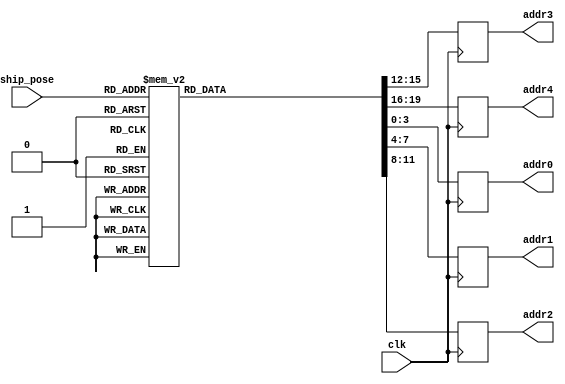
module check_projectile(
    input clk,
    input wire [3:0] ship_pose,
    output reg [3:0] addr0,
    output reg [3:0] addr1,
    output reg [3:0] addr2,
    output reg [3:0] addr3,
    output reg [3:0] addr4
);

always @(posedge clk) begin
    case(ship_pose)
        4'd0: begin
            addr0 <= 4'd15 ; // -1 (wrap around)
            addr1 <= 4'd0;   // itself
            addr2 <= 4'd1;   // +1
            addr3 <= 4'd14;  // -2 (wrap around)
            addr4 <= 4'd2;   // +2
        end
        4'd1: begin
            addr0 <= 4'd0;   // -1
            addr1 <= 4'd1;   // itself
            addr2 <= 4'd2;   // +1
            addr3 <= 4'd15;  // -2 (wrap around)
            addr4 <= 4'd3;   // +2
        end
        4'd2: begin
            addr0 <= 4'd1;   // -1
            addr1 <= 4'd2;   // itself
            addr2 <= 4'd3;   // +1
            addr3 <= 4'd0;   // -2
            addr4 <= 4'd4;   // +2
        end
        4'd3: begin
            addr0 <= 4'd2;   // -1
            addr1 <= 4'd3;   // itself
            addr2 <= 4'd4;   // +1
            addr3 <= 4'd1;   // -2
            addr4 <= 4'd5;   // +2
        end
        4'd4: begin
            addr0 <= 4'd3;   // -1
            addr1 <= 4'd4;   // itself
            addr2 <= 4'd5;   // +1
            addr3 <= 4'd2;   // -2
            addr4 <= 4'd6;   // +2
        end
        4'd5: begin
            addr0 <= 4'd4;   // -1
            addr1 <= 4'd5;   // itself
            addr2 <= 4'd6;   // +1
            addr3 <= 4'd3;   // -2
            addr4 <= 4'd7;   // +2
        end
        4'd6: begin
            addr0 <= 4'd5;   // -1
            addr1 <= 4'd6;   // itself
            addr2 <= 4'd7;   // +1
            addr3 <= 4'd4;   // -2
            addr4 <= 4'd8;   // +2
        end
        4'd7: begin
            addr0 <= 4'd6;   // -1
            addr1 <= 4'd7;   // itself
            addr2 <= 4'd8;   // +1
            addr3 <= 4'd5;   // -2
            addr4 <= 4'd9;   // +2
        end
        4'd8: begin
            addr0 <= 4'd7;   // -1
            addr1 <= 4'd8;   // itself
            addr2 <= 4'd9;   // +1
            addr3 <= 4'd6;   // -2
            addr4 <= 4'd10;  // +2
        end
        4'd9: begin
            addr0 <= 4'd8;   // -1
            addr1 <= 4'd9;   // itself
            addr2 <= 4'd10;  // +1
            addr3 <= 4'd7;   // -2
            addr4 <= 4'd11;  // +2
        end
		  4'd10: begin
            addr0 <= 4'd9;   // -1
            addr1 <= 4'd10;  // itself
            addr2 <= 4'd11;  // +1
            addr3 <= 4'd8;   // -2
            addr4 <= 4'd12;  // +2
        end
        4'd11: begin
            addr0 <= 4'd10;  // -1
            addr1 <= 4'd11;  // itself
            addr2 <= 4'd12;  // +1
            addr3 <= 4'd9;   // -2
            addr4 <= 4'd13;  // +2
        end
        4'd12: begin
            addr0 <= 4'd11;  // -1
            addr1 <= 4'd12;  // itself
            addr2 <= 4'd13;  // +1
            addr3 <= 4'd10;  // -2
            addr4 <= 4'd14;  // +2
        end
        4'd13: begin
            addr0 <= 4'd12;  // -1
            addr1 <= 4'd13;  // itself
            addr2 <= 4'd14;  // +1
            addr3 <= 4'd11;  // -2
            addr4 <= 4'd15;  // +2
        end
        4'd14: begin
            addr0 <= 4'd13;  // -1
            addr1 <= 4'd14;  // itself
            addr2 <= 4'd15;  // +1
            addr3 <= 4'd12;  // -2
            addr4 <= 4'd0;   // +2 (wrap around)
        end
        4'd15: begin
            addr0 <= 4'd14;  // -1
            addr1 <= 4'd15;  // itself
            addr2 <= 4'd0;   // +1 (wrap around)
            addr3 <= 4'd13;  // -2
            addr4 <= 4'd1;   // +2 (wrap around)
        end
    endcase
end

endmodule